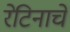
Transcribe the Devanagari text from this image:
रेटिनाचे